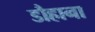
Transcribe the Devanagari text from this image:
डौहाना